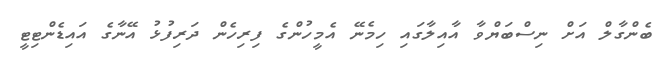
ބެންގާލް އަށް ނިސްބަޔްވާ އާއިލާގައި ހިމެނޭ އެމީހުންގެ ފިރިހެން ދަރިފުޅު އޭނާގެ އައިޑެންޓިޓީ